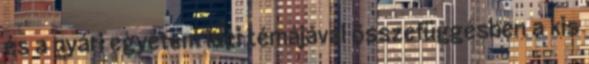
és a nyári egyetem idei témájával összefüggésben a kis